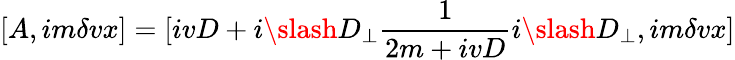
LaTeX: [A,im\delta vx]=[ivD+i\slash{D}_{\perp}\frac{1}{2m+ivD}i\slash{D}_{\perp},im\delta vx]